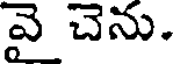
వై చెను.